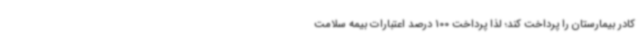
کادر بیمارستان را پرداخت کند؛ لذا پرداخت 100 درصد اعتبارات بیمه سلامت